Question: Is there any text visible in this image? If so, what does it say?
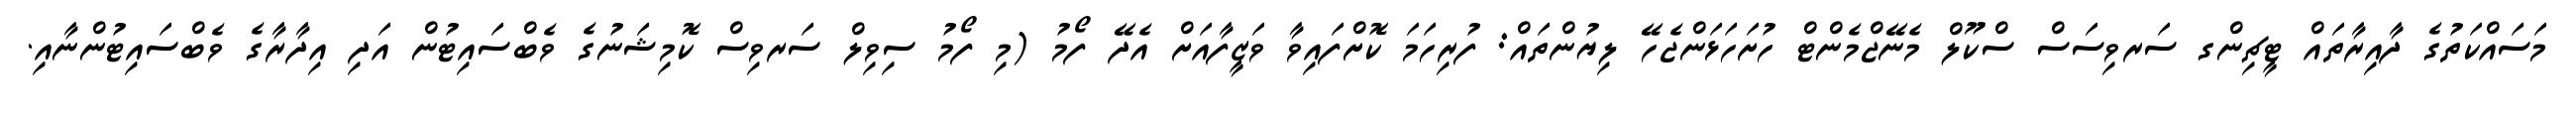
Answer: މަސައްކަތުގެ ދާއިރާތައް ޓީޗިންގ ސަރވިސަސް ސްކޫލް މެނޭޖްމެންޓް ހުށަހަޅަންޖެހޭ ލިޔުންތައް: ފުރިހަމަ ކޮށްފައިވާ ވަޒީފާއަށް އެދޭ ފޯމު (މި ފޯމު ސިވިލް ސަރވިސް ކޮމިޝަނުގެ ވެބްސައިޓުން އަދި އިދާރާގެ ވެބްސައިޓުންނާއި.